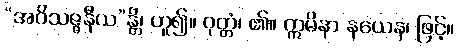
“အဝိသဇ္ဇနီယ”န္တိ၊ ဟူ၍။ ဝုတ္တံ၊ ၏။ ဣမိနာ နယေန၊ ဖြင့်။